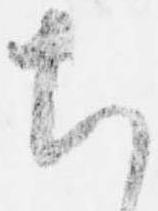
ち